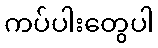
ကပ်ပါးတွေပါ